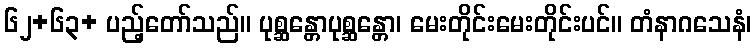
၆၂+၆၃+ ပည့်တော်သည်။ ပုစ္ဆန္တောပုစ္ဆန္တော၊ မေးတိုင်းမေးတိုင်းပင်။ တံနာဂသေနံ၊